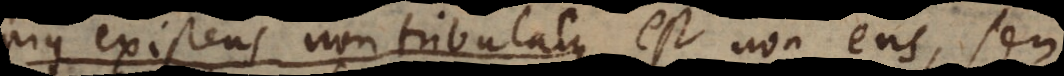
Pius existens non tribulatus est non ens, seu